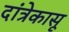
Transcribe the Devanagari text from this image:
दांत्रेकासू